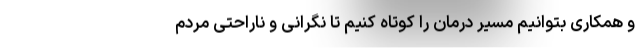
و همکاری بتوانیم مسیر درمان را کوتاه کنیم تا نگرانی و ناراحتی مردم